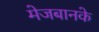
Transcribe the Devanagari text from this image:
मेजबानके